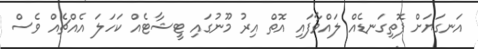
އަނގަޔަށް ފޮތިގަނޑެއް ލައްވާފައި އޮތް އިރު މޫނުގައި ޓީޝާޓެއް ކަހަލަ އެއްޗެއް ވެސް